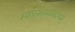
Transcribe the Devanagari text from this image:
स्वात्मानमद्वयम्